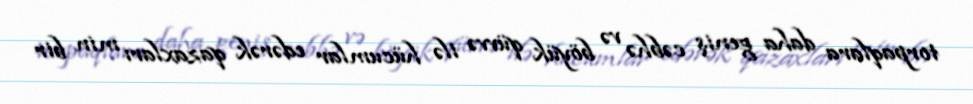
torpaqlara daha geniş cəbhə və böyük qüvvə ilə hücumlar edərək qazaxları min bir